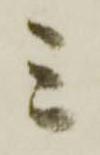
ミ